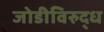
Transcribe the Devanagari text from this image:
जोडीविरुद्ध